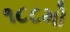
૧૮૮મો